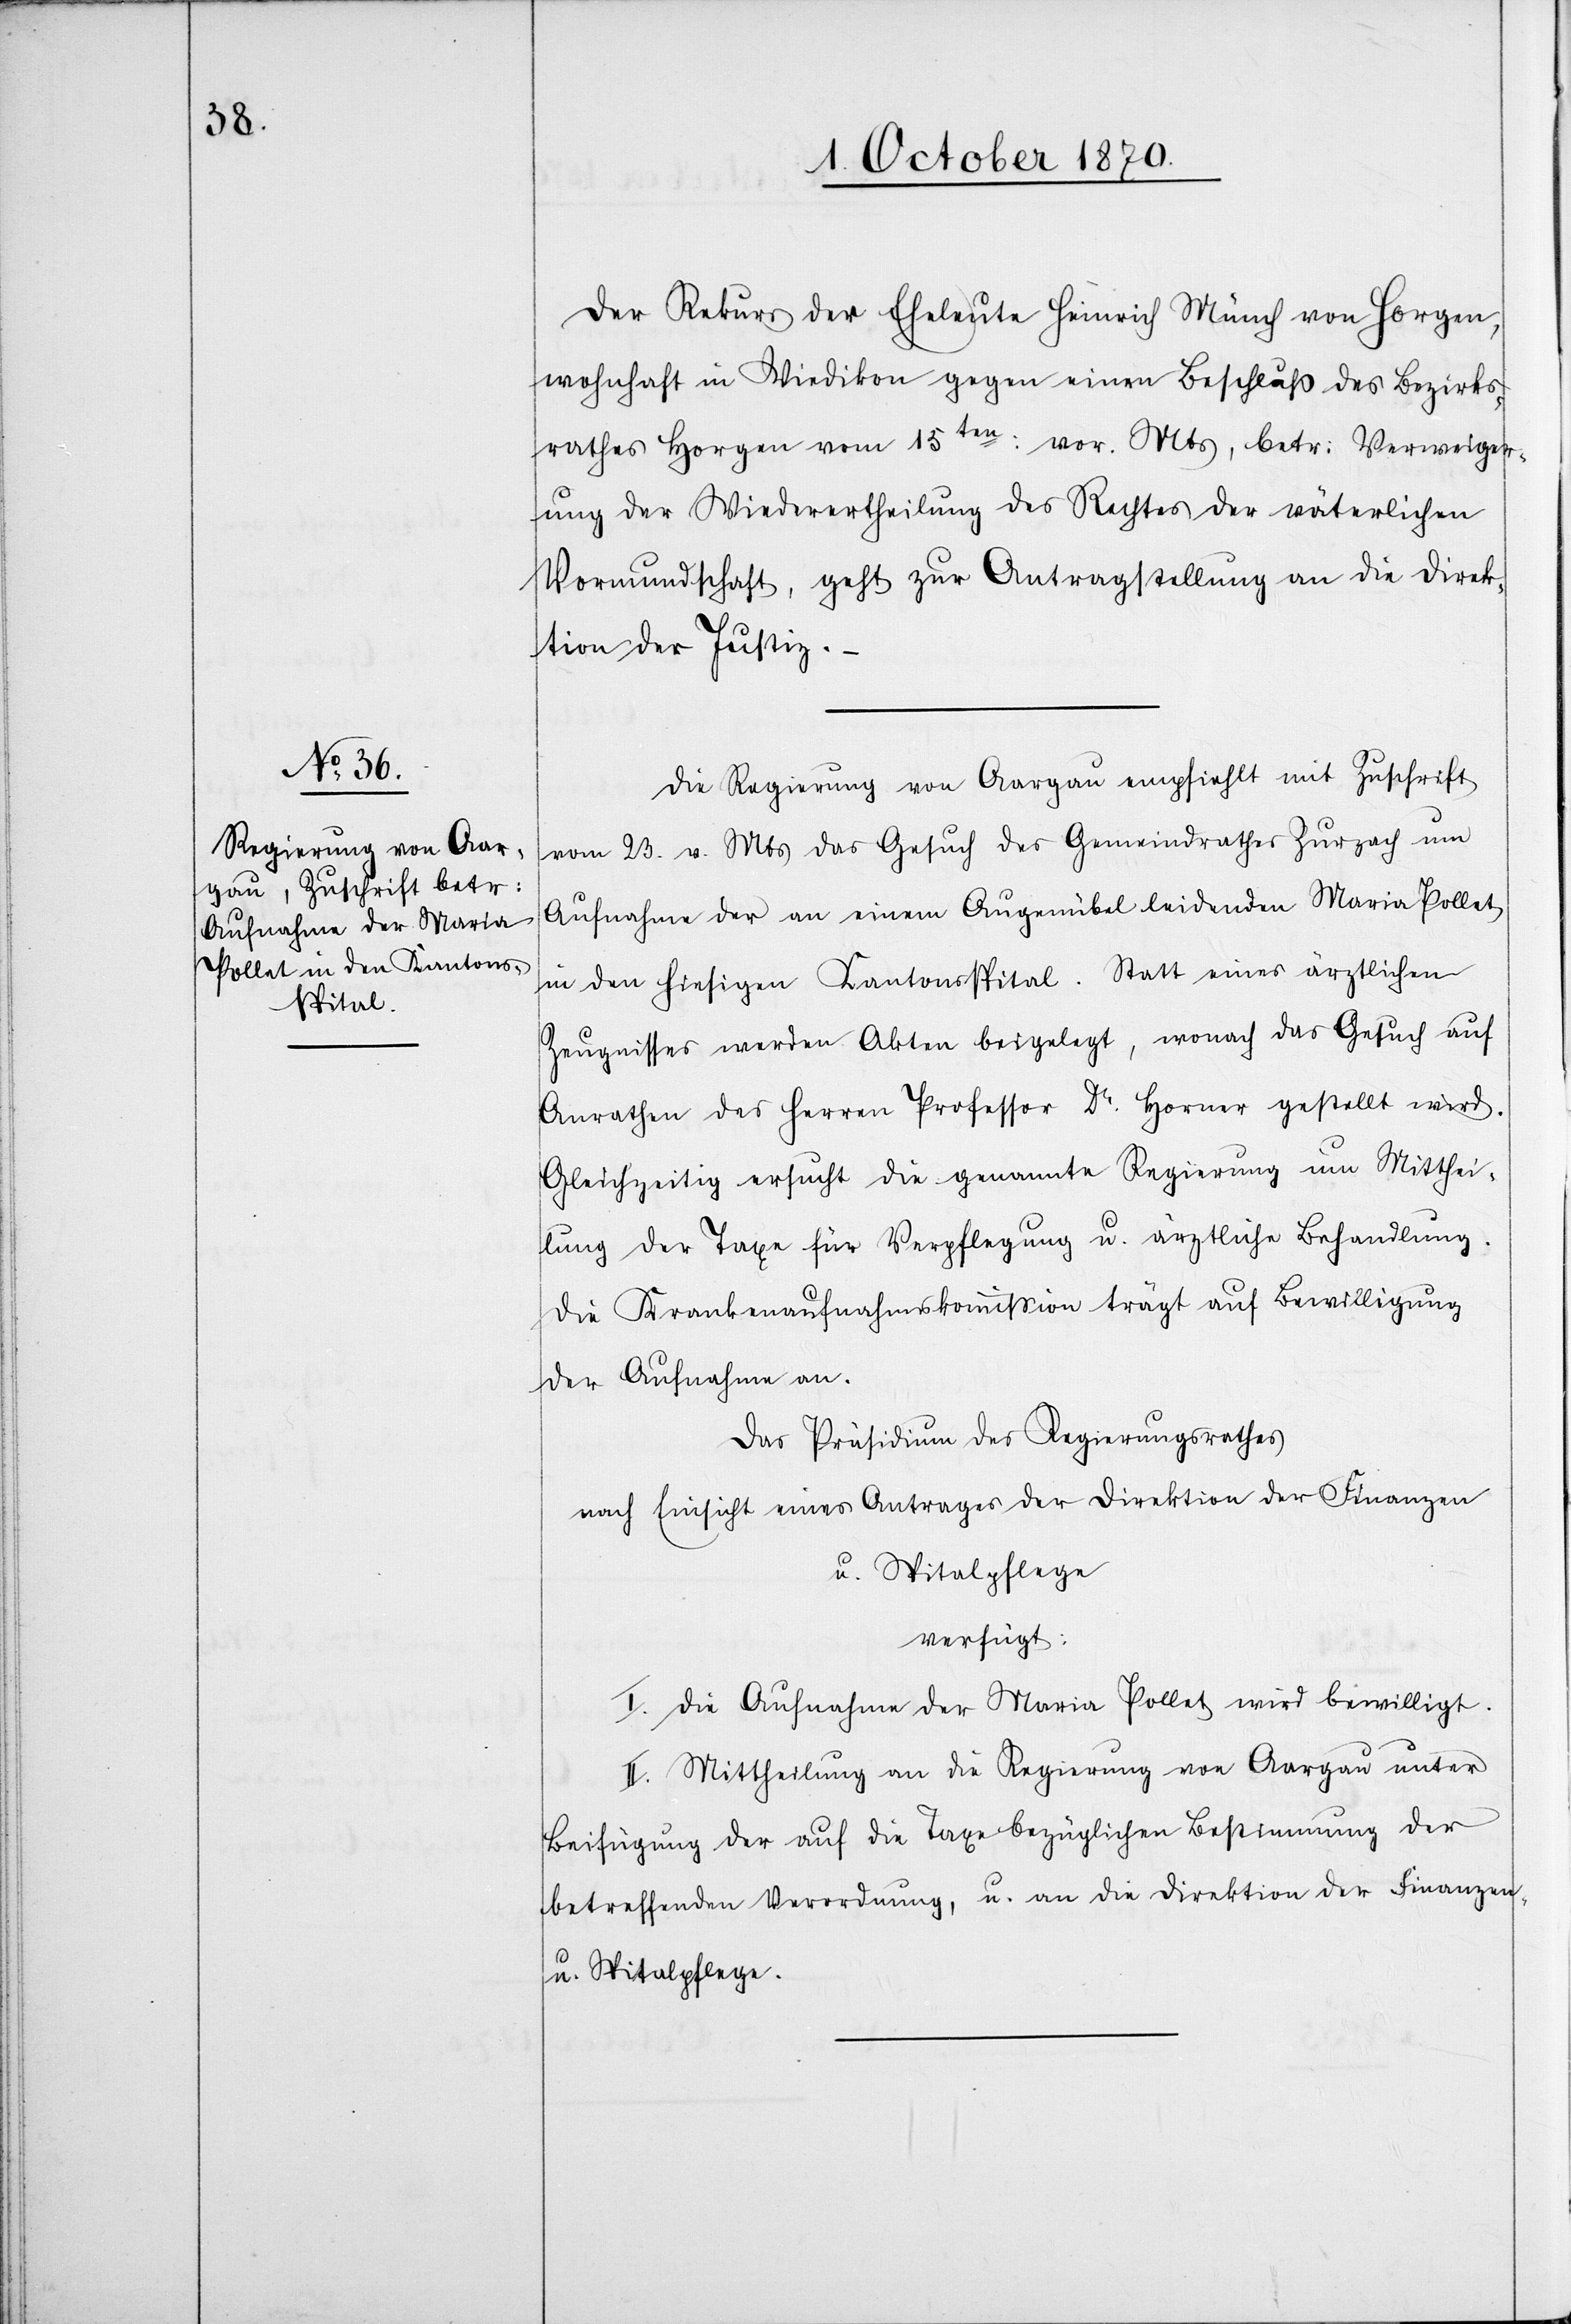
5. October 1870.]
Der Rekurs der Eheleute Heinrich Münch von Horgen,
wohnhaft in Wiedikon gegen einen Beschluß des Bezirks¬
rathes Horgen vom 15ten: vor. Mts, betr: Verweiger¬
ung der Wiederertheilung des Rechtes der väterlichen
Vormundschaft, geht zur Antragstellung an die Direk¬
tion der Justiz.
Die Regierung von Aargau empfiehlt mit Zuschrift
vom 23. v. Mts. das Gesuch des Gemeindrathes Zurzach um
Aufnahme der an einem Augenübel leidenden Maria Pollat
in den hiesigen Kantonsspital. Statt eines ärztlichen
Zeugnisses werden Akten beigelegt, wonach das Gesuch auf
Anrathen des Herren Professor Dr. Horner gestellt wird.
Gleichzeitig ersucht die genannte Regierung um Mitthei¬
lung der Taxe für Verpflegung u. ärztliche Behandlung.
Die Krankenaufnahmskommission trägt auf Bewilligung
der Aufnahme an.
Das Präsidium des Regierungsrathes
nach Einsicht eines Antrages der Direktion der Finanzen
u. Spitalpflege
verfügt:
I. Die Aufnahme der Maria Pollat wird bewilligt.
II. Mittheilung an die Regierung von Aargau unter
Beifügung der auf die Taxe bezüglichen Bestimmung der
betreffenden Verordnung, u. an die Direktion der Finanzen
u. Spitalpflege.